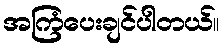
အကြံပေးချင်ပါတယ်။